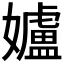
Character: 𮱚